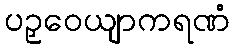
ပဉှဝေယျာကရဏံ